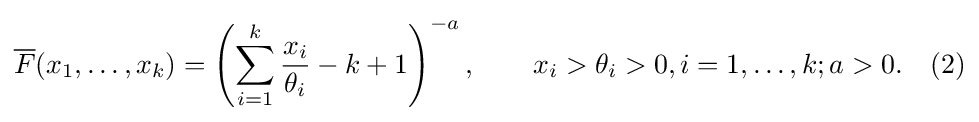
{\overline {F}}(x_{1},\dots ,x_{k})=\left(\sum _{i=1}^{k}{\frac {x_{i}}{\theta _{i}}}-k+1\right)^{-a},\qquad x_{i}>\theta _{i}>0,i=1,\dots ,k;a>0.\quad (2)